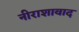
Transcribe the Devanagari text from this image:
नीराशावाद